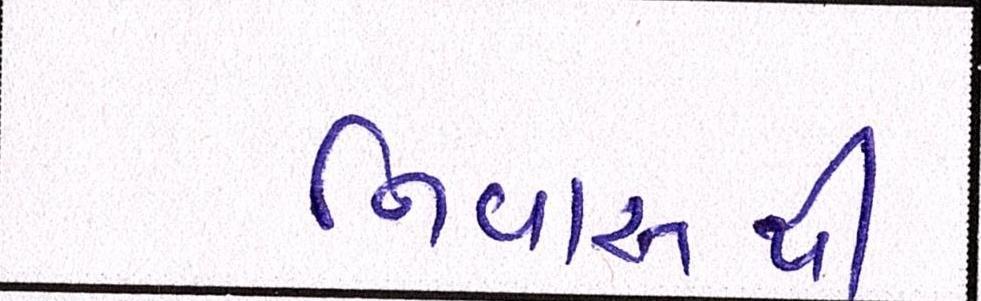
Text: નિવાસથી